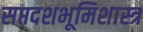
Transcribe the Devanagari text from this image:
सप्तदशभूमिशास्त्र